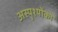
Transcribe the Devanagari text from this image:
अस्पृश्योंको